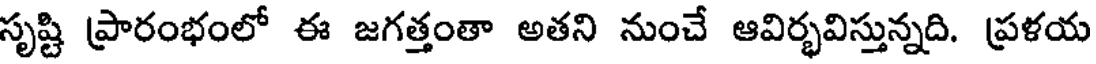
సృష్టి ప్రారంభంలో ఈ జగత్తంతా అతని నుంచే ఆవిర్భవిస్తున్నది. ప్రళయ